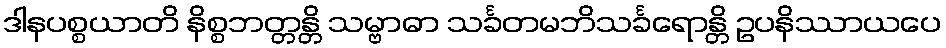
ဒါနပစ္စယာတိ နိစ္စဘတ္တန္တိ သမ္ဗာဓာ သင်္ခတမဘိသင်္ခရောန္တိ ဥပနိဿာယပေ